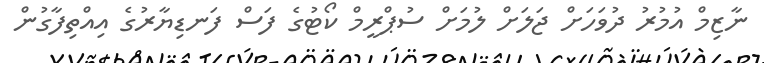
ނާޒިމް އުމުރު ދުވަހަށް ޖަލަށް ލުމަށް ސުޕްރީމް ކޯޓުގެ ފަސް ފަނޑިޔާރުގެ އިއްތިފާގުން